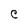
Character: C